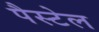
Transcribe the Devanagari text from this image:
पैस्टेल